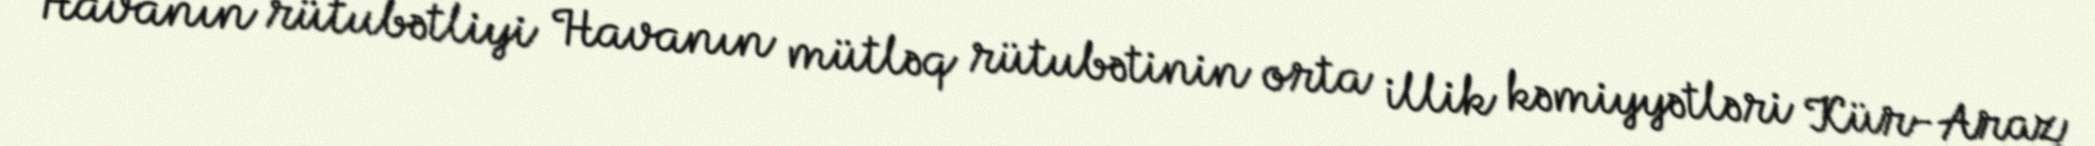
Havanın rütubətliyi Havanın mütləq rütubətinin orta illik kəmiyyətləri Kür-Araz